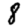
Digit: 8